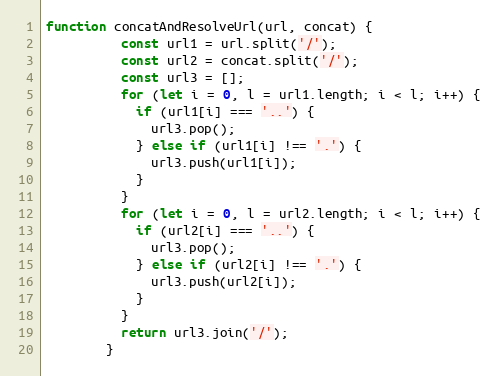
Language: JavaScript
function concatAndResolveUrl(url, concat) {
          const url1 = url.split('/');
          const url2 = concat.split('/');
          const url3 = [];
          for (let i = 0, l = url1.length; i < l; i++) {
            if (url1[i] === '..') {
              url3.pop();
            } else if (url1[i] !== '.') {
              url3.push(url1[i]);
            }
          }
          for (let i = 0, l = url2.length; i < l; i++) {
            if (url2[i] === '..') {
              url3.pop();
            } else if (url2[i] !== '.') {
              url3.push(url2[i]);
            }
          }
          return url3.join('/');
        }